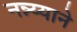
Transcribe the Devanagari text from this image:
नन्न्य्याने